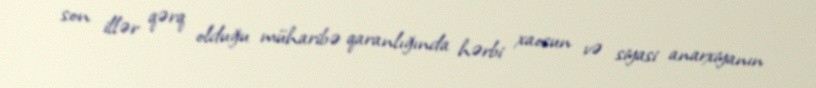
son illər qərq olduğu müharibə qaranlığında hərbi xaosun və siyasi anarxiyanın